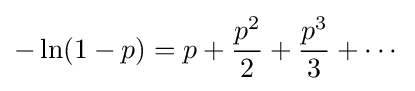
-\ln(1-p)=p+{\frac {p^{2}}{2}}+{\frac {p^{3}}{3}}+\cdots